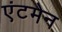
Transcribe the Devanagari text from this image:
एंटमेन